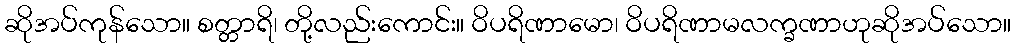
ဆိုအပ်ကုန်သော။ စတ္တာရိ၊ တို့လည်းကောင်း။ ဝိပရိဏာမော၊ ဝိပရိဏာမလက္ခဏာဟုဆိုအပ်သော။